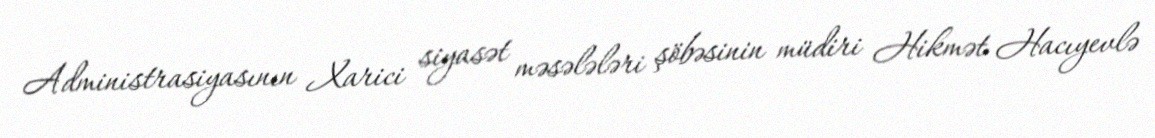
Administrasiyasının Xarici siyasət məsələləri şöbəsinin müdiri Hikmət Hacıyevlə